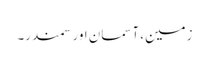
زمین، آسمان اور سمندر۔